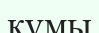
кұмы